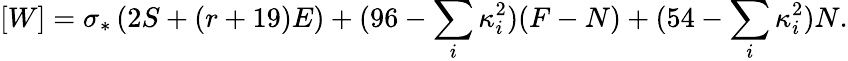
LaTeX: [W]=\sigma_{*}\left(2S+(r+19)E\right)+(96-\sum_{i}\kappa_{i}^{2})(F-N)+(54-\sum_{i}\kappa_{i}^{2})N.